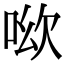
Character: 𠲭